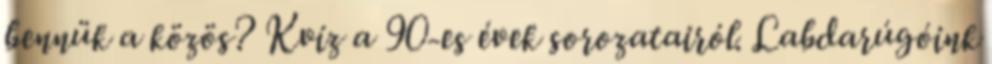
bennük a közös? Kvíz a 90-es évek sorozatairól. Labdarúgóink